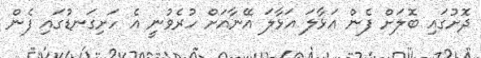
ދޮށުގައި ބޮލަށް ފެން އަޅާލަ އަޅާލަ އޭނާއަށް ހުރެވުނީ އެ ހަށިގަނޑުގައި ފެން